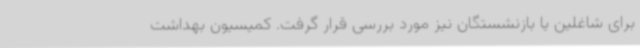
برای شاغلین یا بازنشستگان نیز مورد بررسی قرار گرفت. کمیسیون بهداشت